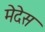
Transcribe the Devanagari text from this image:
मेदेस